Report on sanitation, dispensaries, and jails in Rajputana for 1918, and on vaccination for the year 1918-1919 - 1918-1919
Year: 1918
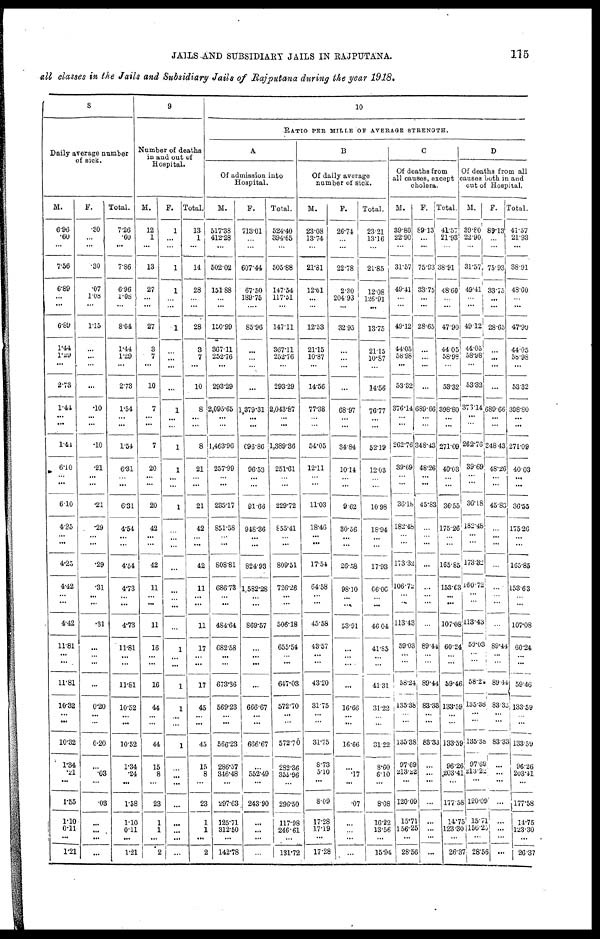
JAILS AND SUBSIDIARY JAILS IN RAJPUTANA.
115
all classes in the Jails and Subsidiary Jails of Rajputana during the year 1918.
8
Daily average number
of sick.
M.
6.96
.60
...
7.56
6.89
...
...
6.89
1.44
1.29
...
2.73
1.44
...
...
1.41
6.10
...
...
6.10
4.25
...
...
4.25
4.42
...
...
4.42
11.81
...
...
11.81
10.32
...
...
10.32
1.34
.21
...
1.55
1.10
0.11
...
1.21
F.
30
...
...
.30
.07
1.08
...
1.15
...
...
...
...
.10
...
...
.10
.21
...
...
.21
29
...
...
.29
.31
...
...
.31
...
...
...
...
0.20
...
...
0.20
...
.03
...
.03
...
...
...
...
Total.
7.26
.60
...
7.86
6.96
1.08
...
8.04
1.44
1.29
...
2.73
1.54
...
...
1.54
6.31
...
...
6.31
4.54
...
...
4.54
4.73
... ...
4.73
11.81
...
...
11.81
10.52
...
...
10.52
1.34
.24
...
1.58
1.10
0.11
...
1.21
9
Number of deaths
in and out of
Hospital.
M.
12
1
...
13
27
...
...
27
3
7
...
10
7
...
...
7
20
...
...
20
42
...
...
42
11
...
...
11
16
...
...
16
44
...
...
44
15
8
...
23
1
1
...
...
F.
1
...
...
1
1
...
...
1
...
...
...
...
1
...
...
1
1
...
...
1
...
...
...
...
...
... ...
...
1
...
...
1
1
...
...
1
...
...
...
...
...
...
...
...
Total.
13
1
...
14
28
...
...
28
3
7
...
10
8
...
...
8
21
...
...
21
42
...
...
42
11
...
...
11
17
...
...
17
45
...
...
45
15
8
...
23
1
1
...
2
10
RATIO PER MILLE OF AVERAGE STRENGTH.
A
Of admission into
Hospital.
M.
517.38
412.28
...
502.02
151.88
...
...
150.99
367.11
252.76
...
293.29
2,095.65
...
...
1,463.96
257.99
...
...
235.17
851.58
...
...
808.81
686.73
... ...
484.64
682.58
...
...
673.36
569.23
...
...
566.23
286.57
346.48
...
297.63
125.71
312.50
...
142.78
F.
713.01
...
...
607.44
67.50
189.75
....
85.96
...
...
...
...
1,379.31
...
...
696.86
96.53
...
...
91.66
948.36
...
...
824.93
1,582.28
...
...
869.57
...
...
...
...
666.67
...
...
666.67
...
552.49
...
243.90
...
...
...
...
Total.
524.40
394.65
...
505.88
147.54
117.51
...
147.11
367.11
252.76
...
293.29
2,043.87
...
...
1,389.36
251.61
...
...
229.72
855.41
...
...
809.51
726.26
...
...
506.18
655.54
...
...
647.03
572.70
...
...
572.70
282.36
355.96
...
296.50
117.98
246.61
...
131.72
B
Of daily average
number of sick.
M.
23.08
13.74
...
21.81
12.61
...
...
12.53
21.15
10.87
...
14.56
77.38
...
...
54.05
12.11
...
...
11.03
18.46
...
...
17.54
64.58
...
...
45.58
43.57
...
...
43.20
31.75
...
...
31.75
8.73
5.10
...
8.09
17.28
17.19
...
17.28
F.
26.74
...
...
22.78
2.30
204.93
...
32.95
...
...
...
...
68.97
...
...
34.84
10.14
...
...
9.62
30.56
...
...
26.58
98.10
... ...
53.91
...
...
...
...
16.66
...
...
16.66
...
.17
...
.07
...
...
...
...
Total.
23.21
13.16
...
21.85
12.08
126.91
...
13.75
21.15
10.87
...
14.56
76.77
...
...
52.19
12.03
...
...
10.98
18.94
...
...
17.93
66.06
... ...
46.04
41.85
...
...
4131
31.22
...
...
31.22
8.60
6.10
...
8.08
16.22
13.56
...
15.94
C
Of deaths from
all causes, except
cholera.
M.
39.80
22.90
...
31.57
49.41
...
...
49.12
44.05
58.98
...
53.32
376.14
...
...
262.76
39.69
...
...
36.18
182.48
...
...
173.32
106.72
...
...
113.43
59.03
...
...
58.24
135.38
...
...
135.38
97.69
213.22
...
120.09
15.71
156.25
...
28.56
F.
89.13
...
...
75.93
33.75
...
...
28.65
...
...
...
...
689.66
...
...
348.43
48.26
...
...
45.83
...
...
...
...
...
...
...
...
89.44
...
...
89.44
83.38
...
...
83.33
...
...
...
...
...
...
...
...
Total.
41.57
21.93
...
38.91
48.60
...
...
47.90
44.05
58.98
...
53.32
398.80
...
...
271.09
40.03
...
...
36.55
175.26
...
...
165.85
153.63
...
...
107.08
60.24
...
...
59.46
133.59
...
...
133.59
96.26
203.41
...
177.58
14.75
123.30
...
26.37
D
Of deaths from all
causes both in and
out of Hospital.
M.
39.80
22.90
...
31.57
49.41
...
...
49.12
44.05
58.98
...
53.32
373.14
...
...
262.76
39.69
...
...
36.18
182.48
...
...
173.32
160.72
...
...
113.43
59.03
...
...
58.24
135.38
...
...
135.38
97.69
213.22
...
120.09
15.71
156.25
...
28.56
F.
89.13
...
...
75.93
33.75
...
...
28.65
...
...
...
...
689.66
...
...
348.43
48.26
...
...
45.83
...
...
...
...
...
...
...
...
89.44
...
...
89.44
83.33
...
...
83.33
...
...
...
...
...
...
...
...
Total.
41.57
21.93
...
38.91
48.60
...
...
47.90
44.05
58.98
...
53.32
398.80
...
...
271.09
40.03
...
...
36.55
175.26
...
...
165.85
153.63
... ...
107.08
60.24
...
...
59.46
133.59
...
...
133.59
96.26
203.41
...
177.58
14.75
123.30
...
26.37